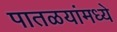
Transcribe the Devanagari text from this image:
पातळयांमध्ये